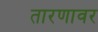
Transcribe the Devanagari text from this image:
तारणावर